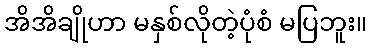
အိအိချိုဟာ မနှစ်လိုတဲ့ပုံစံ မပြဘူး။